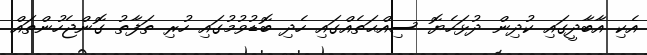
އެކި އާބާދީގައި ކުދިން ދުޅަހެޔޮ ސިއްޙަތެއްގައި ހެދި ބޮޑުވުމުގައި ހުރި ތަފާތު ގޮންޖެހުންތައް